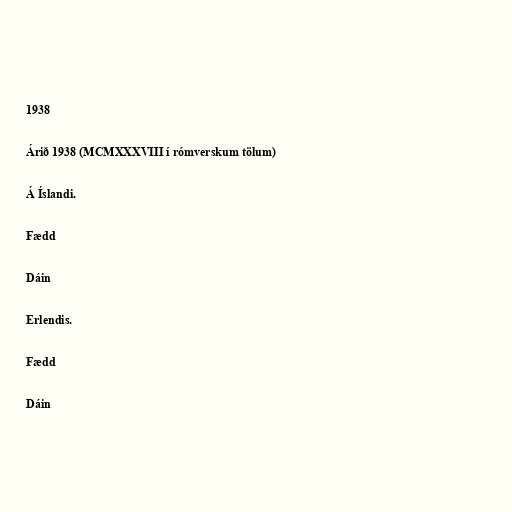
1938

Árið 1938 (MCMXXXVIII í rómverskum tölum)

Á Íslandi.

Fædd

Dáin

Erlendis.

Fædd

Dáin